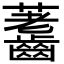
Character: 𪙐